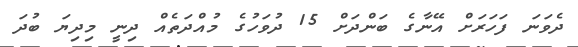
ދެވަނަ ފަހަރަށް އޭނާގެ ބަންދަށް 15 ދުވަހުގެ މުއްދަތެއް ދިނީ މިދިޔަ ބުދަ